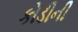
કોડીની